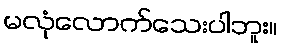
မလုံလောက်သေးပါဘူး။